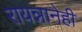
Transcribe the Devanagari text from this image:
रायन्नानेही